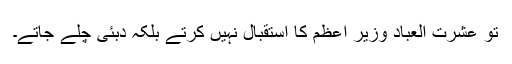
تو عشرت العباد وزیر اعظم کا استقبال نہیں کرتے بلکہ دبئی چلے جاتے۔